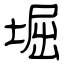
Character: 堀